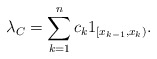
\begin{align*}\lambda_C = \sum^n_{k=1} c_k 1_{[x_{k-1}, x_k)}.\end{align*}